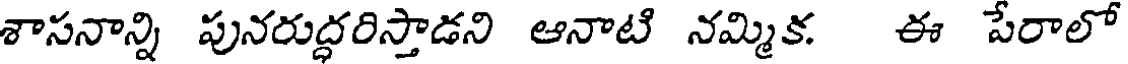
శాసనాన్ని పునరుద్ధరిస్తాడని ఆనాటి నమ్మిక. ఈ పేరాలో